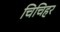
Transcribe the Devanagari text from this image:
चिचिहर